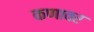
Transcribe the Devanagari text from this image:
कणावर